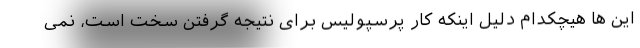
این ها هیچکدام دلیل اینکه کار پرسپولیس برای نتیجه گرفتن سخت است، نمی